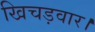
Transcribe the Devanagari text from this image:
खिचड़वार।